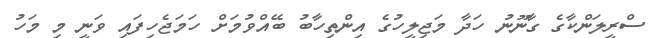
ސްރީލަންކާގެ ގާނޫނު ހަދާ މަޖިލީހުގެ އިންތިހާބު ބޭއްވުމަށް ހަމަޖެހިފައި ވަނީ މި މަހު